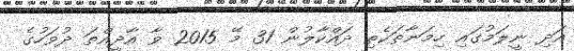
އަދި ނީލަމުގައި ހިމަނާތަކެތި ދައްކާލުން 31 މޭ 2015 ވާ އާދީއްތަ ދުވަހުގެ